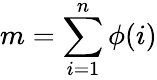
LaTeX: m=\sum_{i=1}^{n}\phi(i)